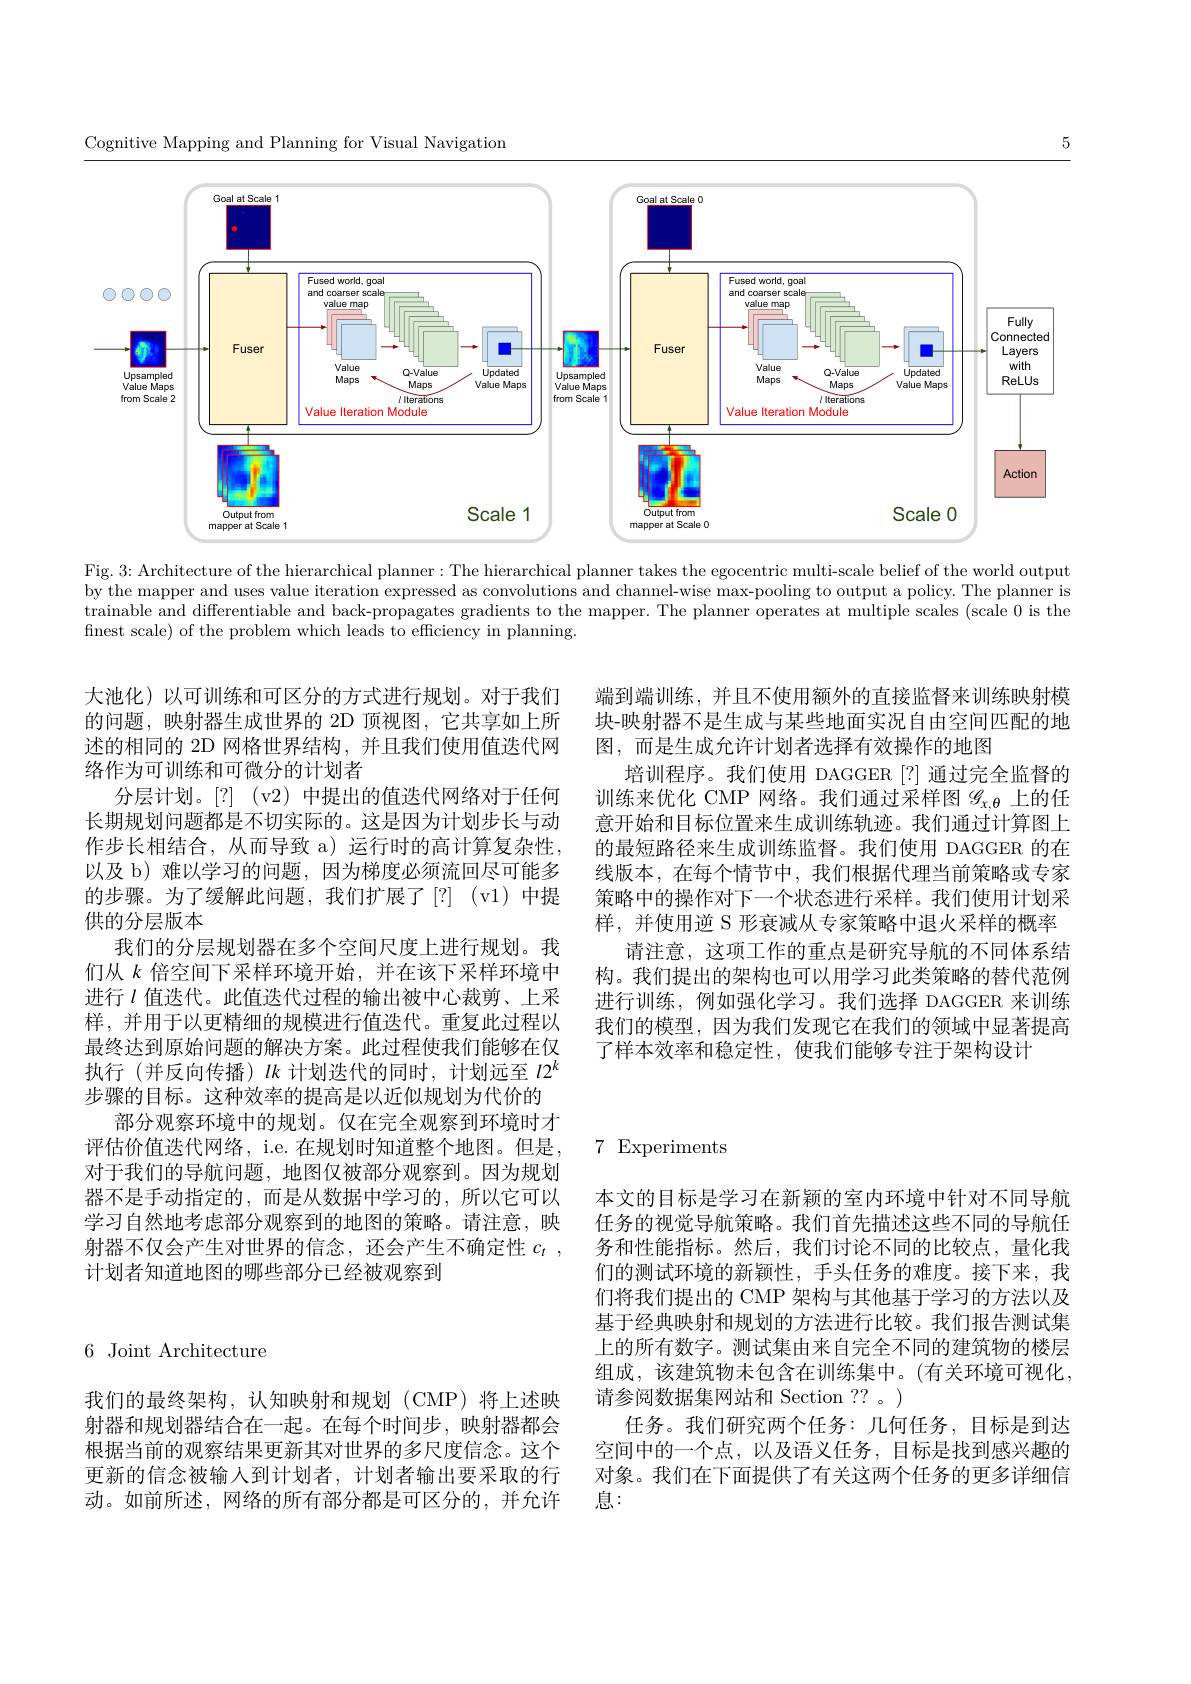
5
Cognitive Mapping and Planning for Visual Navigation
<FigureHere>
Fig. 3: Architecture of the hierarchical planner: The hierarchical planner takes the egocentric multi-scale belief of the world output

by the mapper and uses value iteration expressed as convolutions and channel-wise max-pooling to output a policy. The planner is trainable and differentiable and back-propagates gradients to the mapper. The planner operates at multiple scales (scale 0 is the finest scale) of the problem which leads to efficiency in planning.

端到端训练，并且不使用额外的直接监督来训练映射模块-映射器不是生成与某些地面实况自由空间匹配的地图，而是生成允许计划者选择有效操作的地图
培训程序。我们使用 DAGGER[?] 通过完全监督的训练来优化 CMP 网络。我们通过采样图$\mathscr{G}_{x,\theta}$上的任意开始和目标位置来生成训练轨迹。我们通过计算图上的最短路径来生成训练监督。我们使用 DAGGER 的在线版本，在每个情节中，我们根据代理当前策略或专家策略中的操作对下一个状态进行采样。我们使用计划采样，并使用逆 S 形衰减从专家策略中退火采样的概率
请注意，这项工作的重点是研究导航的不同体系结构。我们提出的架构也可以用学习此类策略的替代范例进行训练，例如强化学习。我们选择 DAGGER 来训练我们的模型，因为我们发现它在我们的领域中显著提高了样本效率和稳定性，使我们能够专注于架构设计

大池化)以可训练和可区分的方式进行规划。对于我们的问题，映射器生成世界的 2D 顶视图，它共享如上所述的相同的 2D 网格世界结构，并且我们使用值迭代网络作为可训练和可微分的计划者
分层计划。[?] (v2) 中提出的值迭代网络对于任何长期规划问题都是不切实际的。这是因为计划步长与动作步长相结合，从而导致 a) 运行时的高计算复杂性， 以及 b) 难以学习的问题，因为梯度必须流回尽可能多的步骤。为了缓解此问题，我们扩展了[?] (v1)中提供的分层版本
我们的分层规划器在多个空间尺度上进行规划。我们从$k$倍空间下采样环境开始，并在该下采样环境中进行$\iota$值迭代。此值迭代过程的输出被中心裁剪、上采样，并用于以更精细的规模进行值迭代。重复此过程以最终达到原始问题的解决方案。此过程使我们能够在仅执行(并反向传播)$lk$计划迭代的同时，计划远至$l2^k$ 步骤的目标。这种效率的提高是以近似规划为代价的
部分观察环境中的规划。仅在完全观察到环境时才
评估价值迭代网络，i.e. 在规划时知道整个地图。但是，7 Experiments
对于我们的导航问题，地图仅被部分观察到。因为规划器不是手动指定的，而是从数据中学习的，所以它可以学习自然地考虑部分观察到的地图的策略。请注意，映射器不仅会产生对世界的信念，还会产生不确定性$c_t$ , 计划者知道地图的哪些部分已经被观察到

6 Joint Architecture

本文的目标是学习在新颖的室内环境中针对不同导航任务的视觉导航策略。我们首先描述这些不同的导航任务和性能指标。然后，我们讨论不同的比较点，量化我们的测试环境的新颖性，手头任务的难度。接下来，我们将我们提出的 CMP 架构与其他基于学习的方法以及基于经典映射和规划的方法进行比较。我们报告测试集上的所有数字。测试集由来自完全不同的建筑物的楼层组成，该建筑物未包含在训练集中。(有关环境可视化， 请参阅数据集网站和 Section ?? 。)
任务。我们研究两个任务：几何任务，目标是到达空间中的一个点，以及语义任务，目标是找到感兴趣的对象。我们在下面提供了有关这两个任务的更多详细信息：

我们的最终架构，认知映射和规划(CMP)将上述映射器和规划器结合在一起。在每个时间步，映射器都会根据当前的观察结果更新其对世界的多尺度信念。这个更新的信念被输人到计划者，计划者输出要采取的行动。如前所述，网络的所有部分都是可区分的，并允许